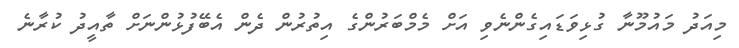
މިއަދު މައުމޫނާ ގުޅިވަޑައިގެންނެވި އަށް މެމްބަރުންގެ އިތުރުން ދެން އެބޭފުޅުންނަށް ތާއީދު ކުރާނެ